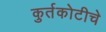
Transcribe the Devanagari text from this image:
कुर्तकोटीचे